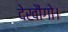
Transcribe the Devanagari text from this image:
देखौंगो।